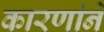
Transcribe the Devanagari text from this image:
कारणांने